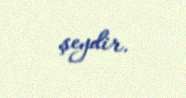
şeydir.